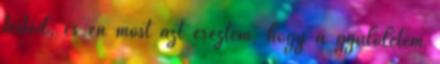
tested, és én most azt éreztem, hogy a gyűlöletem